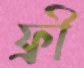
ফ্রী